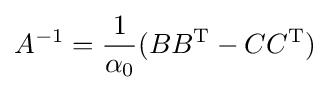
A^{-1}={\frac {1}{\alpha _{0}}}(BB^{\operatorname {T} }-CC^{\operatorname {T} })